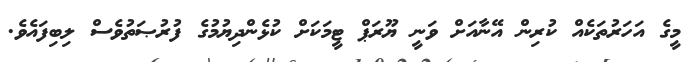
މީގެ އަހަރުތަކެއް ކުރިން އޭނާއަށް ވަނީ ޔޫރަޕް ޓީމަކަށް ކުޅެންދިޔުމުގެ ފުރުޞަތުވެސް ލިބިފައެވެ.